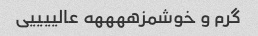
گرم و خوشمزههههه عالییییی